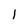
Character: l